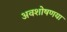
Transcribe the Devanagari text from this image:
अवशोषणया